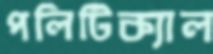
পলিটিক্যাল